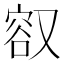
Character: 𪠮